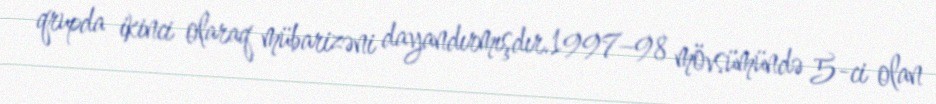
qrupda ikinci olaraq mübarizəni dayandırmışdır.1997–98 mövsümündə 5-ci olan